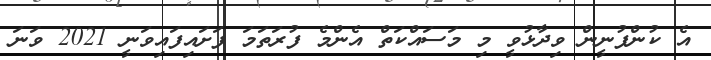
އެ ކުންފުނީން ވިދާޅުވީ މި މަސައްކަތް އެންމެ ފުރަތަމަ ފަށައިފައިވަނީ 2021 ވަނަ